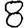
Digit: 8